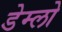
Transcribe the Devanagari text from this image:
डेम्लो